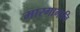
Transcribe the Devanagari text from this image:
मारगागानि